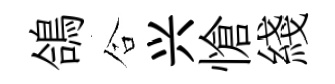
鴿合兴愴綫